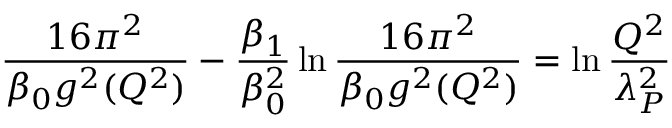
{ \frac { 1 6 \pi ^ { 2 } } { \beta _ { 0 } g ^ { 2 } ( Q ^ { 2 } ) } } - { \frac { \beta _ { 1 } } { \beta _ { 0 } ^ { 2 } } } \ln { \frac { 1 6 \pi ^ { 2 } } { \beta _ { 0 } g ^ { 2 } ( Q ^ { 2 } ) } } = \ln { \frac { Q ^ { 2 } } { \lambda _ { P } ^ { 2 } } }